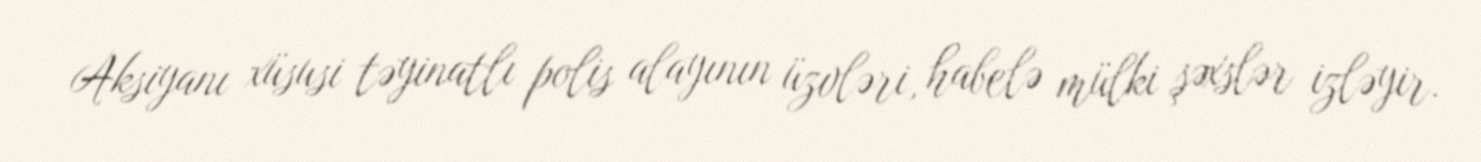
Aksiyanı xüsusi təyinatlı polis alayının üzvləri, habelə mülki şəxslər izləyir.